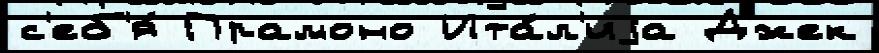
с'еб'я́ Прамоно Ита́л'иjа Джек